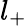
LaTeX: l_{+}